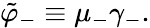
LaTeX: \tilde{\varphi}_{-}\equiv\mu_{-}\gamma_{-}.